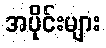
အပိုင်းများ